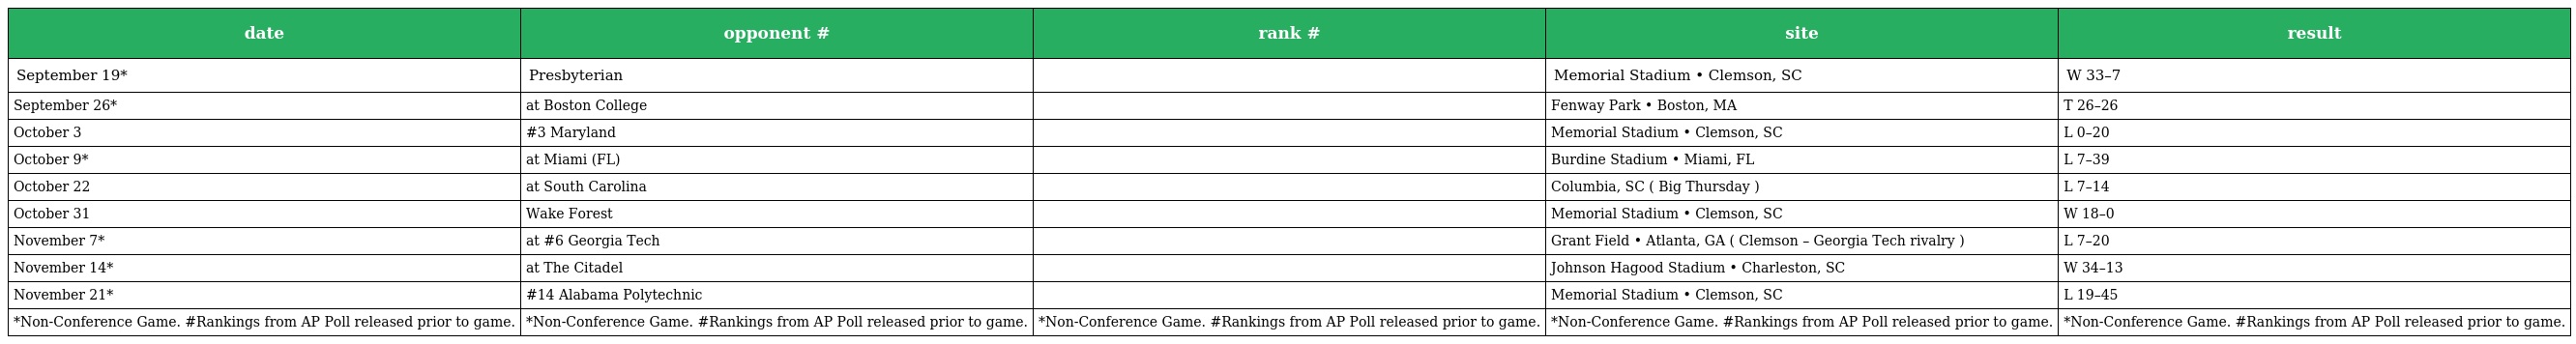
| date | opponent # | rank # | site | result |
 | --- | --- | --- | --- | --- |
 | September 19* | Presbyterian |  | Memorial Stadium • Clemson, SC | W 33–7 |
 | September 26* | at Boston College |  | Fenway Park • Boston, MA | T 26–26 |
 | October 3 | #3 Maryland |  | Memorial Stadium • Clemson, SC | L 0–20 |
 | October 9* | at Miami (FL) |  | Burdine Stadium • Miami, FL | L 7–39 |
 | October 22 | at South Carolina |  | Columbia, SC ( Big Thursday ) | L 7–14 |
 | October 31 | Wake Forest |  | Memorial Stadium • Clemson, SC | W 18–0 |
 | November 7* | at #6 Georgia Tech |  | Grant Field • Atlanta, GA ( Clemson – Georgia Tech rivalry ) | L 7–20 |
 | November 14* | at The Citadel |  | Johnson Hagood Stadium • Charleston, SC | W 34–13 |
 | November 21* | #14 Alabama Polytechnic |  | Memorial Stadium • Clemson, SC | L 19–45 |
 | *Non-Conference Game. #Rankings from AP Poll released prior to game. | *Non-Conference Game. #Rankings from AP Poll released prior to game. | *Non-Conference Game. #Rankings from AP Poll released prior to game. | *Non-Conference Game. #Rankings from AP Poll released prior to game. | *Non-Conference Game. #Rankings from AP Poll released prior to game. |